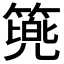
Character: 𮅷